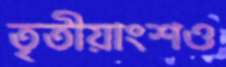
তৃতীয়াংশও